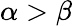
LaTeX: \alpha>\beta